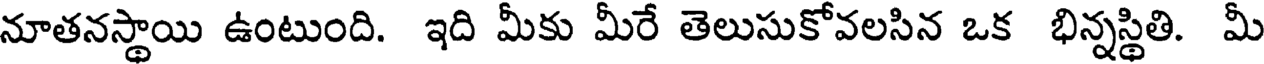
నూతనస్థాయి ఉంటుంది. ఇది మీకు మీరే తెలుసుకోవలసిన ఒక భిన్నస్థితి. మీ